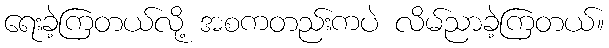
ရေးခဲ့ကြတယ်လို့ အစကတည်းကပဲ လိမ်ညာခဲ့ကြတယ်။